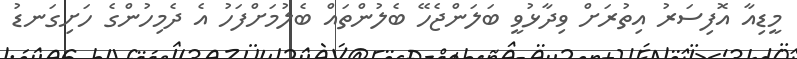
މީޑިއާ އޮފިސަރު އިތުރަށް ވިދާޅުވީ ބަލަންޖެހޭ ބެލުންތައް ބެލުމަށްފަހު އެ ދެމިހުންގެ ހަށިގަނޑު